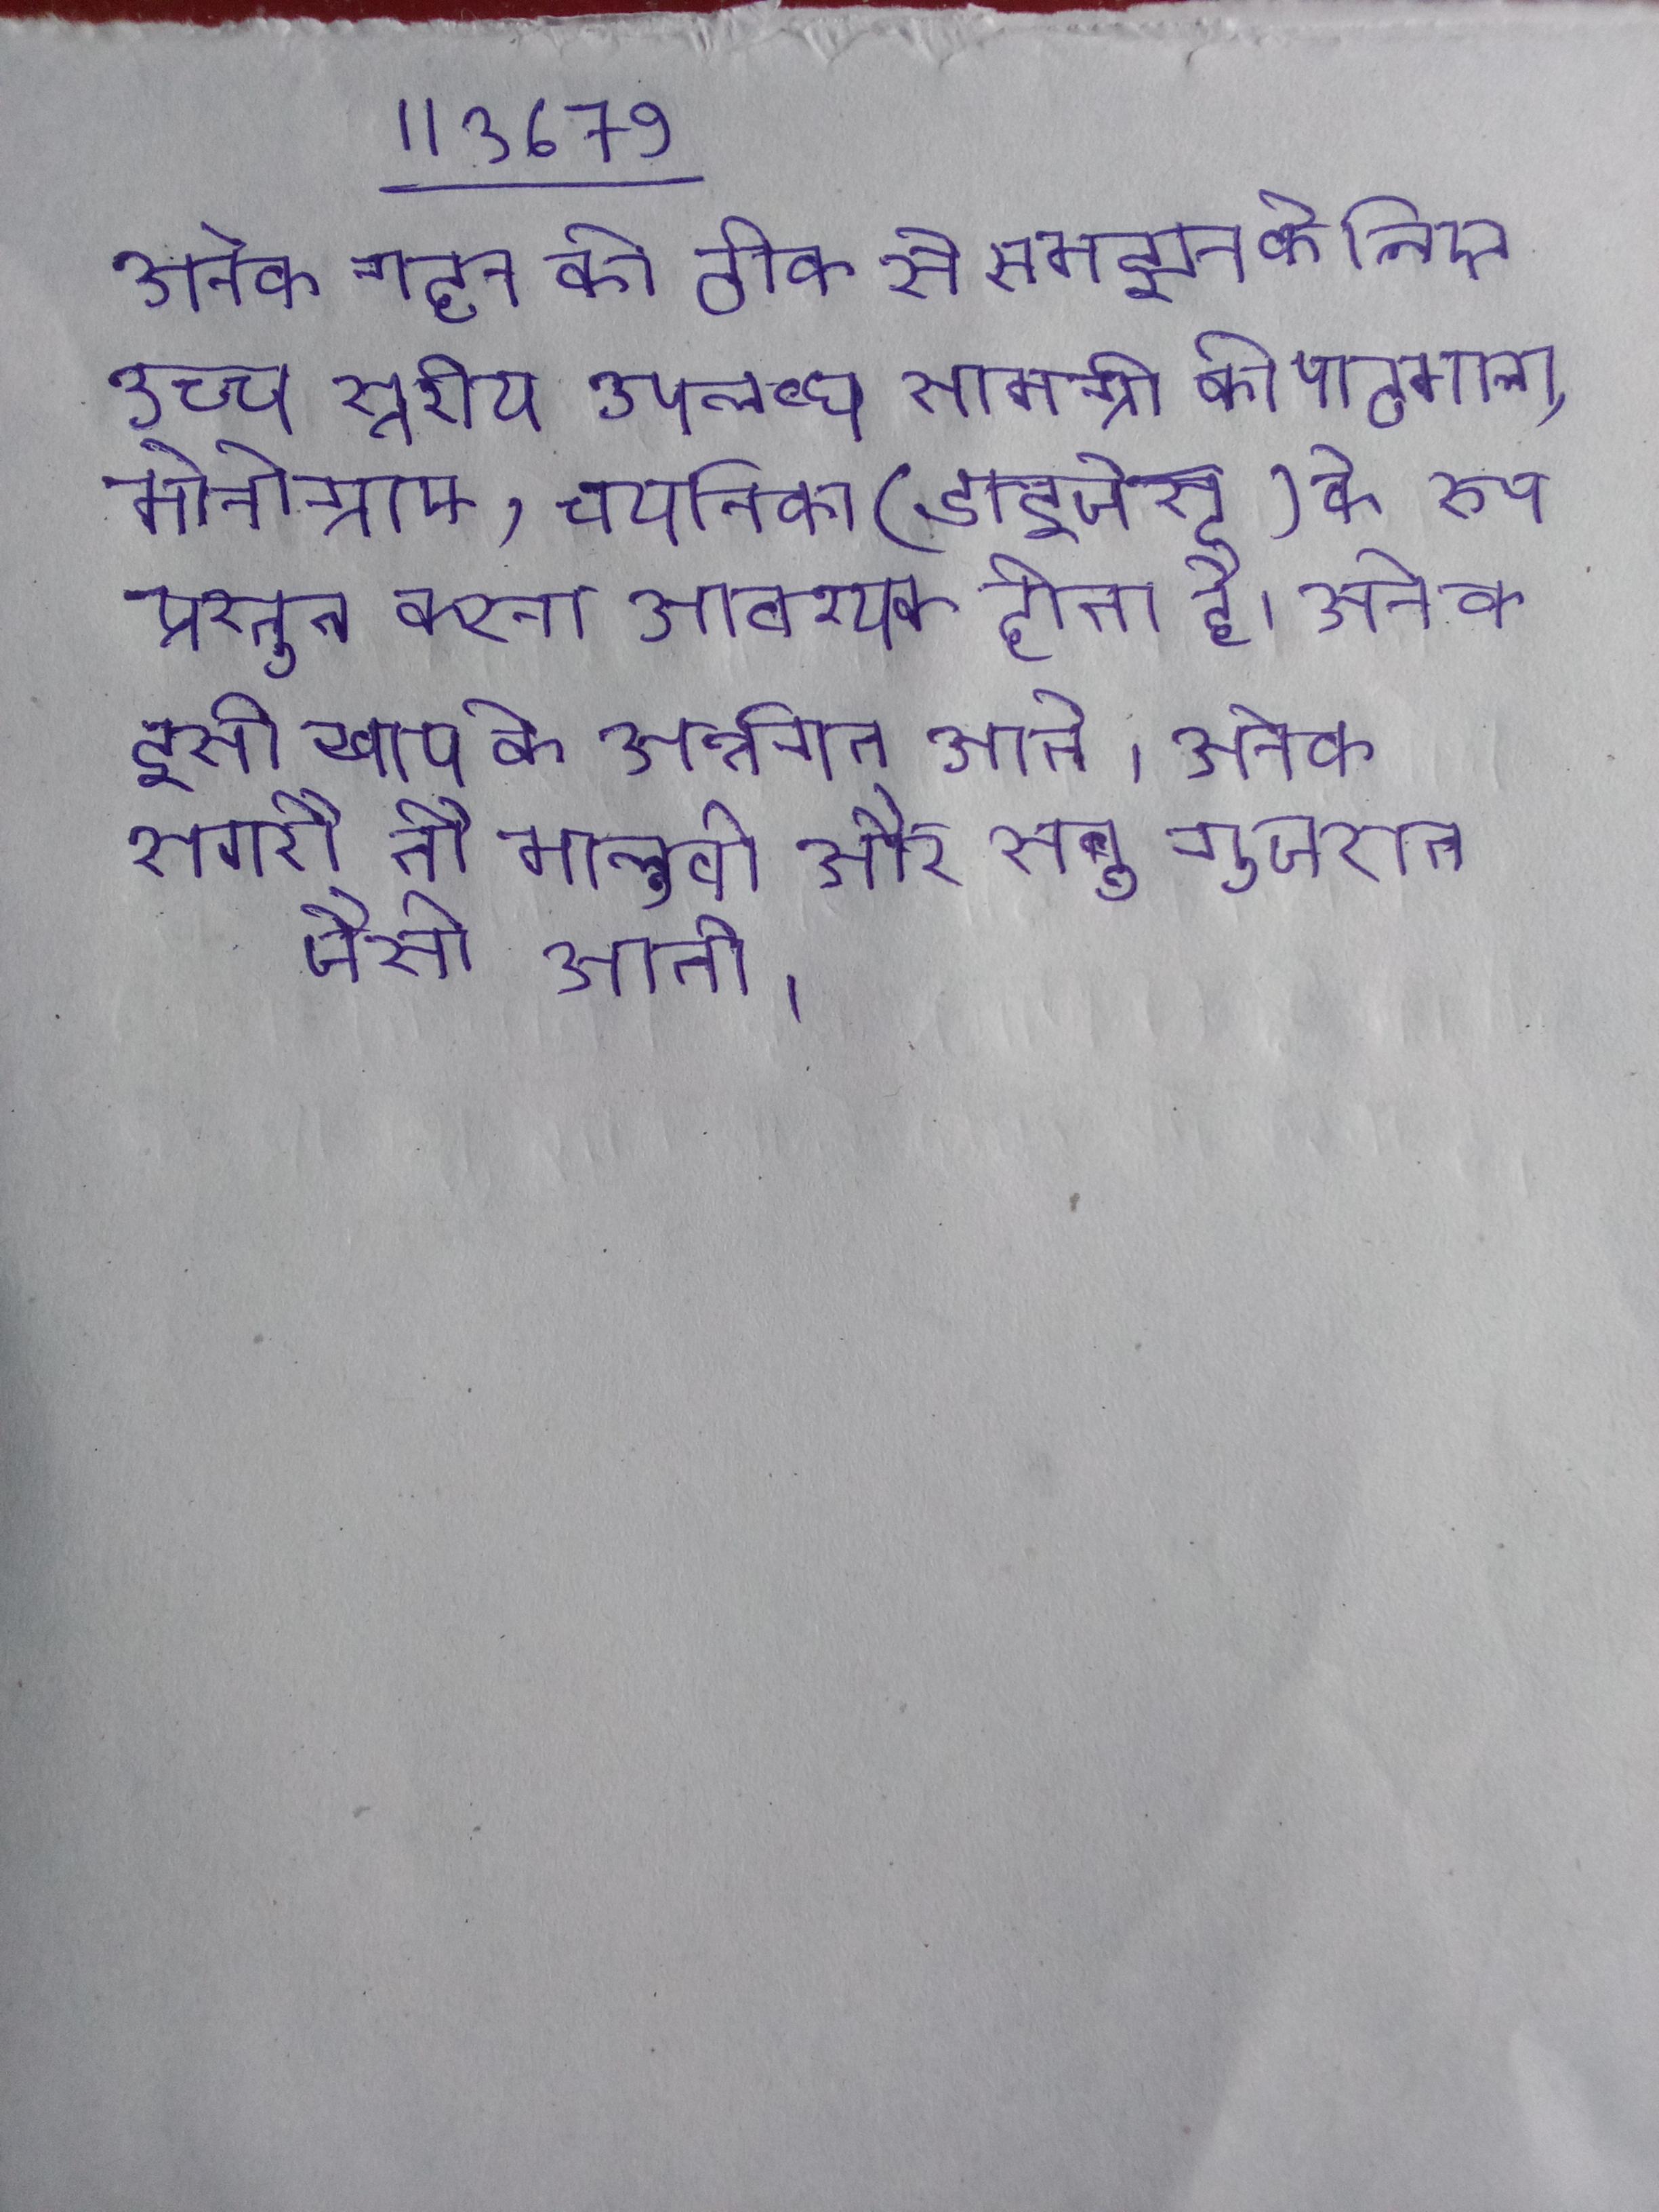
अनेक गहन को ठीक से समझने के लिए उच्च स्तरीय उपलब्ध सामग्री को पाठमाला, मोनोग्राफ, चयनिका (डाइजेस्ट) के रूप प्रस्तुत करना आवश्यक होता है । अनेक इसी खाप के अर्न्तगत आते । अनेक सगरौ तौ मालुवो और सबु गुजरात जैसी आती ।